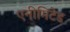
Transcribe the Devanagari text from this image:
एनीमिटेड